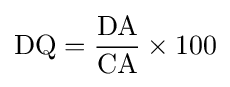
{\text{DQ}}={\frac {\text{DA}}{\text{CA}}}\times 100